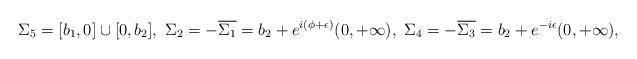
LaTeX: \begin{align*}\Sigma_5=[b_1,0]\cup [0,b_2], \ \Sigma_2=-\overline{\Sigma_1}=b_2+e^{i(\phi+\epsilon)}(0,+\infty),\ \Sigma_4=-\overline{\Sigma_3}=b_2+e^{-i\epsilon}(0,+\infty),\end{align*}